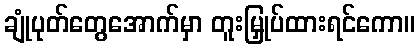
ချုံပုတ်တွေအောက်မှာ တူးမြှုပ်ထားရင်ကော။